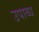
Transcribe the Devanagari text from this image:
उपाब्ध